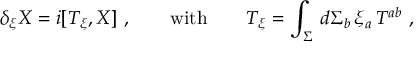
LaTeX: \delta _ { \xi } X = i [ T _ { \xi } , X ] \ , \qquad \mathrm { w i t h } \qquad T _ { \xi } = \int _ { \Sigma } \, d \Sigma _ { b } \, \xi _ { a } \, T ^ { a b } \ ,